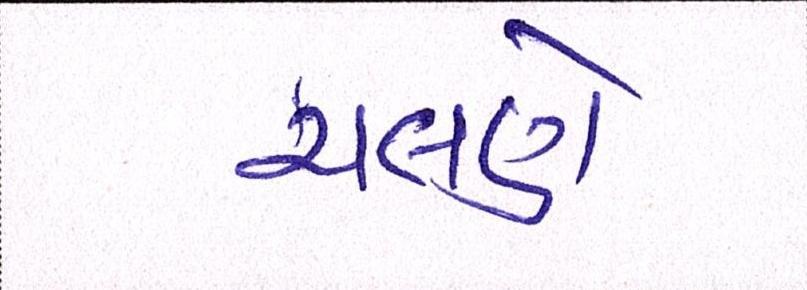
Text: ચલણે